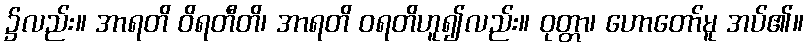
၌လည်း။ အာရတိ ဝိရတီတိ၊ အာရတိ ဝရတိဟူ၍လည်း။ ဝုတ္တာ၊ ဟောတော်မူ အပ်၏။